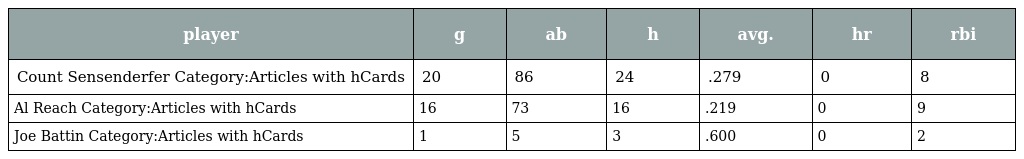
| player | g | ab | h | avg. | hr | rbi |
 | --- | --- | --- | --- | --- | --- | --- |
 | Count Sensenderfer Category:Articles with hCards | 20 | 86 | 24 | .279 | 0 | 8 |
 | Al Reach Category:Articles with hCards | 16 | 73 | 16 | .219 | 0 | 9 |
 | Joe Battin Category:Articles with hCards | 1 | 5 | 3 | .600 | 0 | 2 |